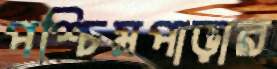
পশ্চিমপাড়ার